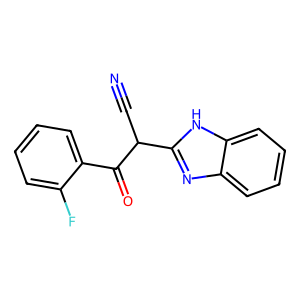
SMILES: N#CC(C(=O)c1ccccc1F)c1nc2ccccc2[nH]1
Inhibits HIV replication: Yes